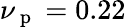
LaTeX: \nu_{\mathrm{~p~}}=0.22